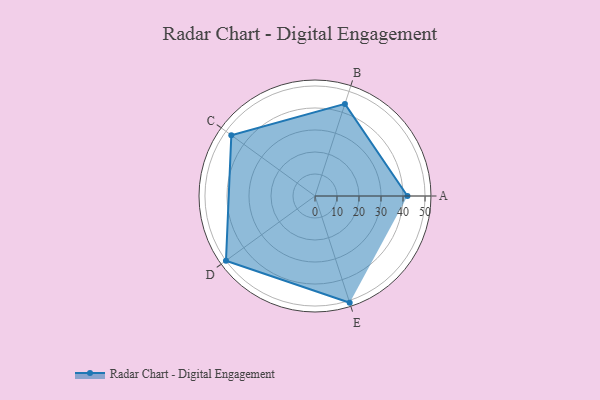
{"axis": {"x": "Skill", "y": "Score"}, "legend": ["Profile"], "data": [{"x": "A", "y": 42.0, "type": "Profile"}, {"x": "B", "y": 44.0, "type": "Profile"}, {"x": "C", "y": 47.0, "type": "Profile"}, {"x": "D", "y": 50.0, "type": "Profile"}, {"x": "E", "y": 51.0, "type": "Profile"}]}